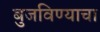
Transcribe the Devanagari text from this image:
बुजविण्याचा